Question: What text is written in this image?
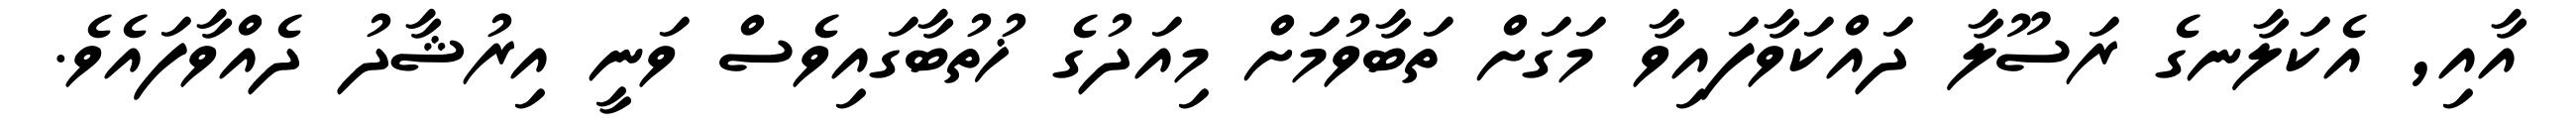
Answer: އާއި, އެކަލާނގެ ރަސޫލާ ދައްކަވާފައިވާ މަގަށް ތަބާވުމަށް މިއަދުގެ ޚުތުބާގައިވެސް ވަނީ އިރުޝާދު ދެއްވާފައެވެ.